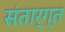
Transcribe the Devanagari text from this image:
संतार्ग्त